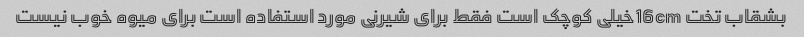
بشقاب تخت 16cmخیلی کوچک است فقط برای شیرنی مورد استفاده است برای میوه خوب نیست